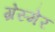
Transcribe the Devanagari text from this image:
ग्रेस्मेर